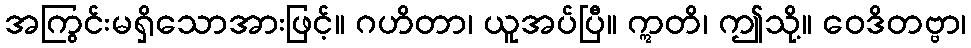
အကြွင်းမရှိသောအားဖြင့်။ ဂဟိတာ၊ ယူအပ်ပြီ။ ဣတိ၊ ဤသို့။ ဝေဒိတဗ္ဗာ၊